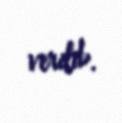
verilib.